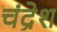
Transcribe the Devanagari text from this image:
चंद्रेश